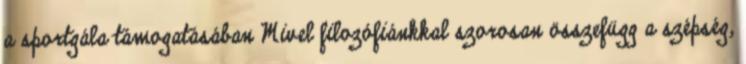
a sportgála támogatásában Mivel filozófiánkkal szorosan összefügg a szépség,